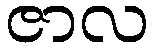
ဇာလ